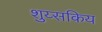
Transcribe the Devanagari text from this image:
शुय्सकिय